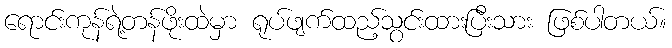
ရောင်းကုန်ရဲ့တန်ဖိုးထဲမှာ ရုပ်ဖျက်ထည့်သွင်းထားပြီးသား ဖြစ်ပါတယ်။